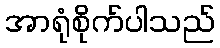
အာရုံစိုက်ပါသည်